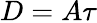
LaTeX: D=A\tau